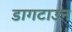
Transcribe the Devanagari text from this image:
डागटाउन